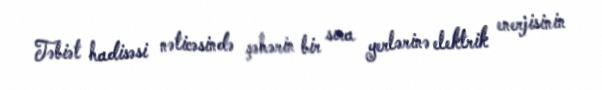
Təbiət hadisəsi nəticəsində şəhərin bir sıra yerlərinə elektrik enerjisinin